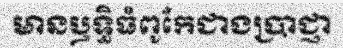
មានឫទ្ធិធំពូកែជាងប្រាជ្ញា